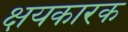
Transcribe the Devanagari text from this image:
क्षयकारक